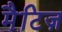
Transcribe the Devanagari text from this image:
मैटिज़